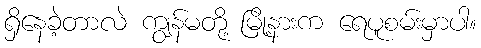
ရှိနေခဲ့တာလဲ ကျွန်မတို့ မြို့နားက ရေပူစမ်းမှာပါ။